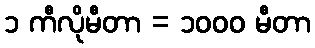
၁ ကီလိုမီတာ = ၁၀၀၀ မီတာ